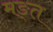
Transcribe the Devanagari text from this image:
मङ्त